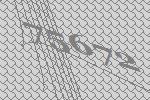
75672